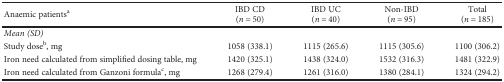
| Anaemic patientsa | IBD CD(n = 50) | IBD UC(n = 40) | Non-IBD(n = 95) | Total(n = 185) |
 | --- | --- | --- | --- | --- |
 | <COLSPAN=5> Mean (SD) |
 | Study doseb, mg | 1058 (338.1) | 1115 (265.6) | 1115 (305.6) | 1100 (306.2) |
 | Iron need calculated from simplified dosing table, mg | 1420 (325.1) | 1438 (324.0) | 1532 (316.3) | 1481 (322.9) |
 | Iron need calculated from Ganzoni formulac, mg | 1268 (279.4) | 1261 (316.0) | 1380 (284.1) | 1324 (294.2) |